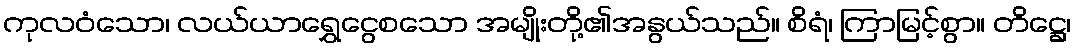
ကုလဝံသော၊ လယ်ယာရွှေငွေစသော အမျိုးတို့၏အနွယ်သည်။ စိရံ၊ ကြာမြင့်စွာ။ တိဋ္ဌေ၊